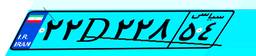
۹۴D۹۲۲۴۶